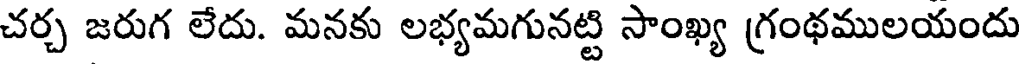
చర్చ జరుగ లేదు. మనకు లభ్యమగునట్టి సాంఖ్య గ్రంథములయందు